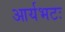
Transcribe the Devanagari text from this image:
आर्यभटः